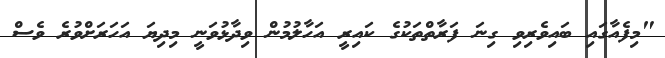
"މިފެއާގައި ބައިވެރިވި ގިނަ ފަރާތްތަކުގެ ކައިރީ އަހާލުމުން ވިދާޅުވަނީ މިދިޔަ އަހަރަށްވުރެ ވެސް